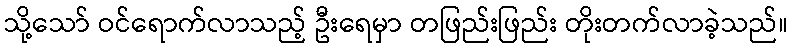
သို့သော် ဝင်ရောက်လာသည့် ဦးရေမှာ တဖြည်းဖြည်း တိုးတက်လာခဲ့သည်။